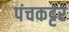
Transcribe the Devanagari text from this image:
पंचकट्टर